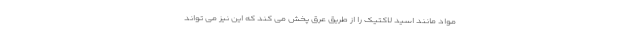
مواد مانند اسید لاکتیک را از طریق عرق پخش می کند که این نیز می تواند